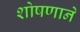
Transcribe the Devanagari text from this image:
शोषणाने